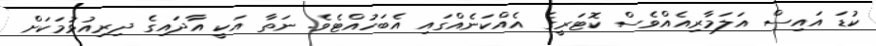
ކުޑަ އައިސް އަލަމާރިއެއްވެސް ކޮޓަރީގެ އެއްކަނެއްގައި އެބަހުއްޓެވެ. ނަތާ އަކީ އާދައިގެ ދިރިއުޅުމަކަށް